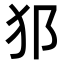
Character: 𤜡